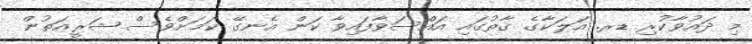
މި ދައުވާކުރި ޑރ. އަލަކާގެ ގާތުގައި އައްސަވާފައިވާ ކަން އެނގޭ ކަމަށްވެސް ޝަރީއަތުން